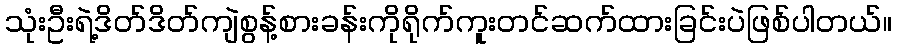
သုံးဦးရဲ့ဒိတ်ဒိတ်ကျဲစွန့်စားခန်းကိုရိုက်ကူးတင်ဆက်ထားခြင်းပဲဖြစ်ပါတယ်။